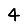
Digit: 4